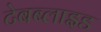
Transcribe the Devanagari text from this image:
टेबब्लाइड